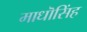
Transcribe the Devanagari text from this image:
माधॊसिंह